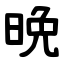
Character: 晩